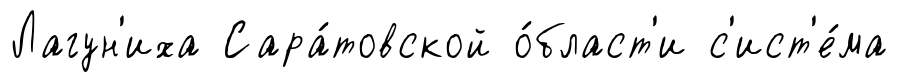
Лагун'иха Сара́товской о́бласт'и с'ист'е́ма